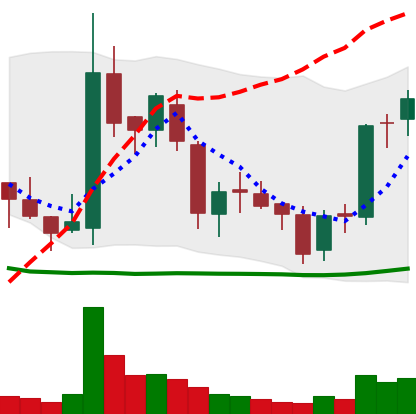
Ticker: BNB-USD
Chart end date: 2018-06-02
Forward return: 10.786%
Label: up_7plus